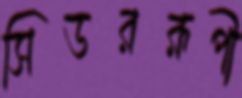
সিডররূপী